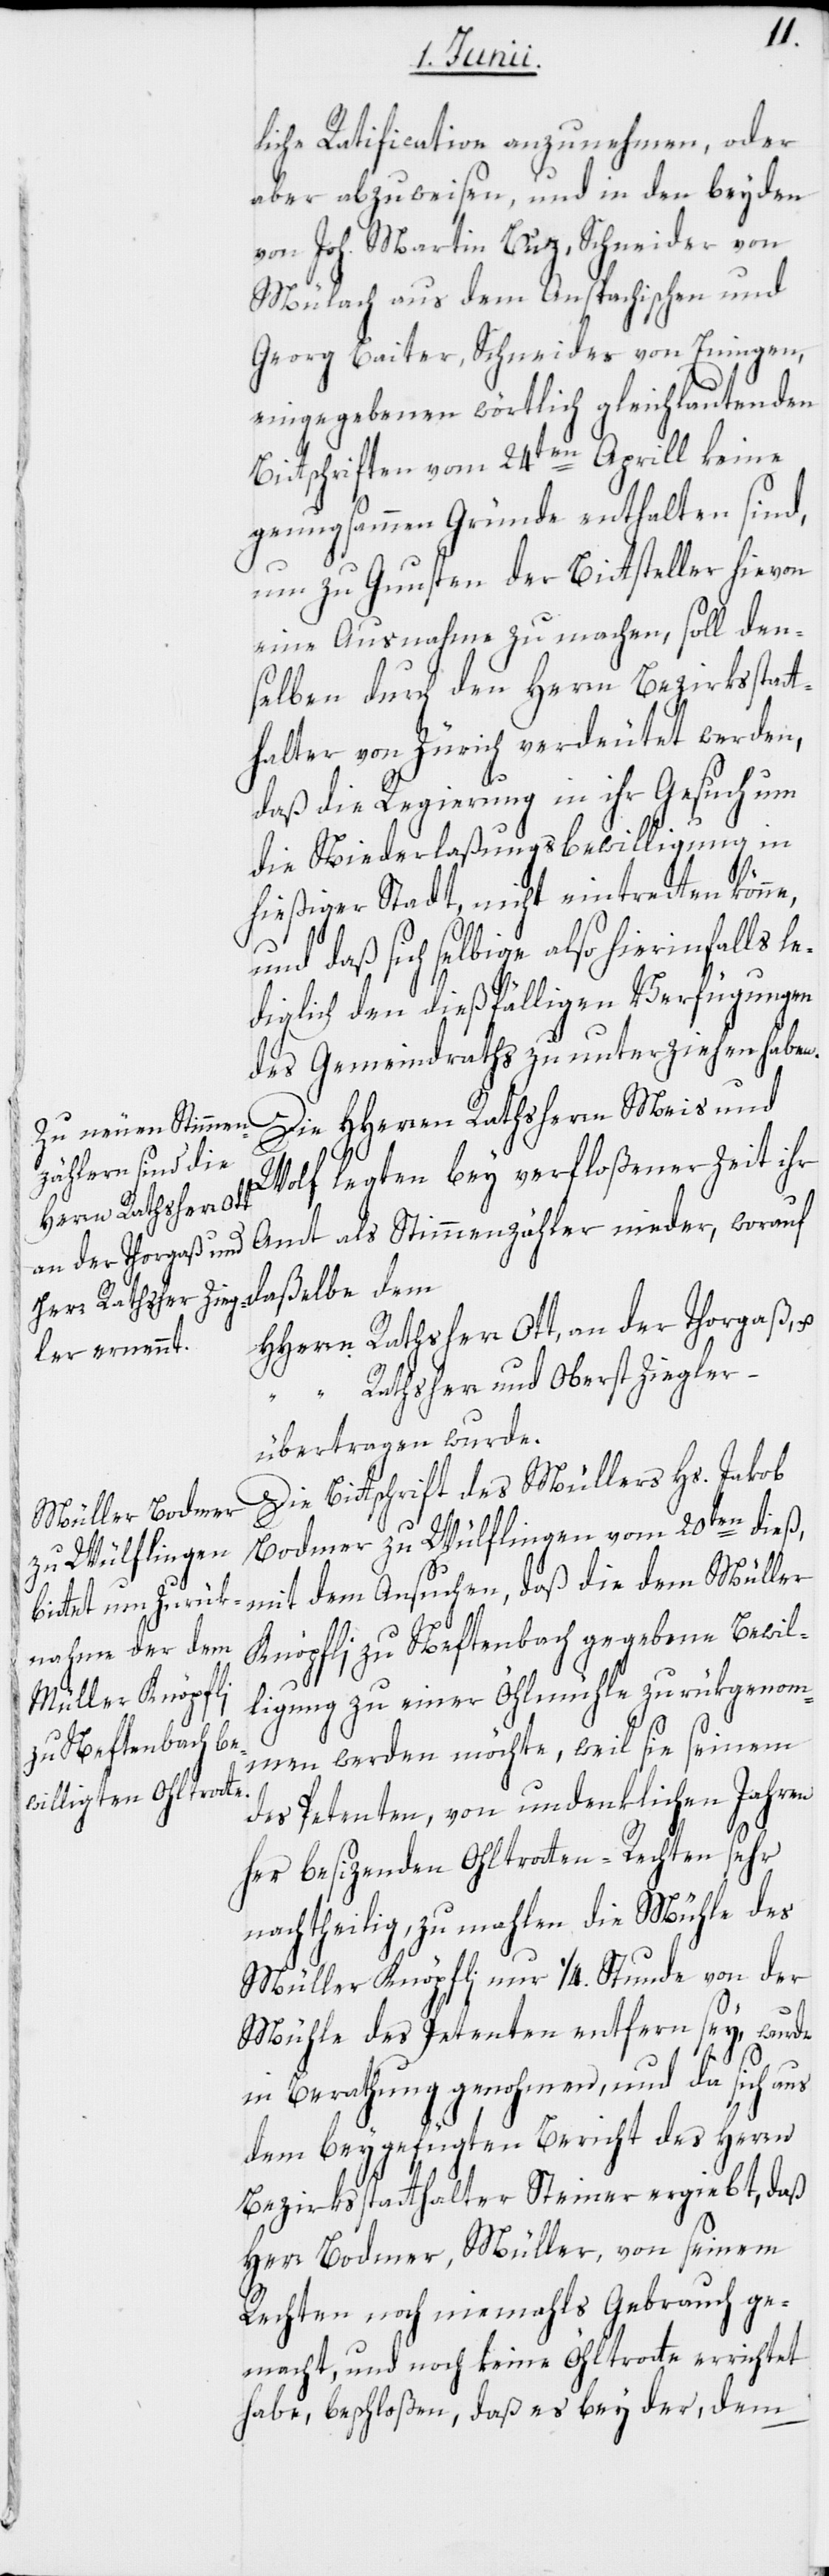
liche Ratification anzunehmen, oder
aber abzuweisen, und in den beyden
von Joh. Martin Buz, Schneider von
Mülach aus dem Anspachischen und
Georg Baiter, Schneider von Eningen,
eingegebenen wörtlich gleichlautenden
Bittschriften vom 24ten Aprill keine
genugsammen Gründe enthalten sind,
um zu Gunsten der Bittsteller hievon
eine Ausnahme zu machen, soll den¬
selben durch den Herrn Bezirksstat¬
thalter von Zürich verdeutet werden,
daß die Regierung in ihr Gesuch um
die Niederlaßungsbewilligung in
hießiger Stadt nicht eintretten könn¬
e,
und daß sich selbige also hierinfalls le¬
diglich den dießfälligen Verfügungen
des Gemeindraths zu unterziehen haben.
Die HHerren Rathsherrn Meis und
Wolf legten bey verfloßener Zeit ihr
Amt als Stimmenzähler nieder, worauf
daßelbe dem
HHerrn Rathsherr Ott, an der Thorgaß, u.
Rathsherr und Oberst Ziegler –
übertragen wurde.
Die Bittschrift des Müllers Hs. Jakob
Bodmer zu Wülflingen vom 20ten dieß,
mit dem Ansuchen, daß die dem Müller
Knöpfli zu Neftenbach gegebene Bewil¬
ligung zu einer Öhlmühle zurükgenom¬
men werden möchte, weil sie seinem
des Petenten, von undenklichen Jahren
her besizenden Ohltrotten-Rechten sehr
nachtheilig, zu mahlen die Mühle des
Müller Knöpfli nur 1/4. Stunde von der
Mühle des Petenten entfern[t] sey, wurde
in Berathung genohmen, und da sich aus
dem beygefügten Bericht des Herrn
Bezirksstatthalter Steiner ergiebt, daß
Herr Bodmer, Müller, von seinem
Rechten noch niemahls Gebrauch ge¬
macht, und noch keine Öhltrotte errichtet
habe, beschloßen, daß es bey der, dem